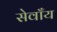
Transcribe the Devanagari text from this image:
सेवाँय